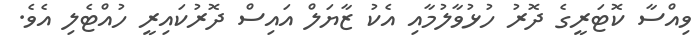
ވިއްސާ ކޮޓަރީގެ ދޮރު ހުޅުވާލުމާއި އެކު ޒާޔަލް އައިސް ދޮރުކައިރީ ހުއްޓެލި އެވެ.